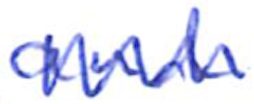
Text: and
Cross-out: mix
Writing tool: ballpoint